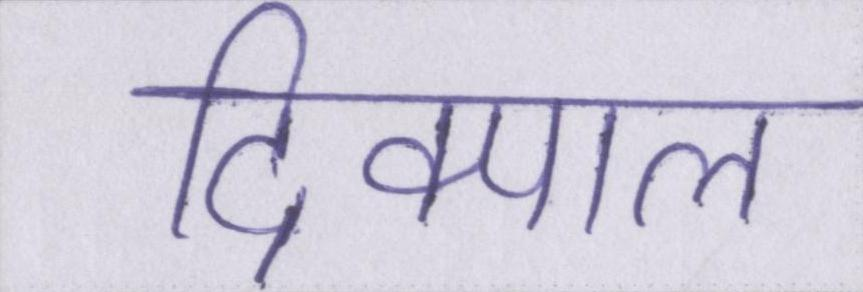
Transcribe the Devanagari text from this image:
दिक्पाल